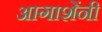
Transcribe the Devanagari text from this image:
आगाशेंनी